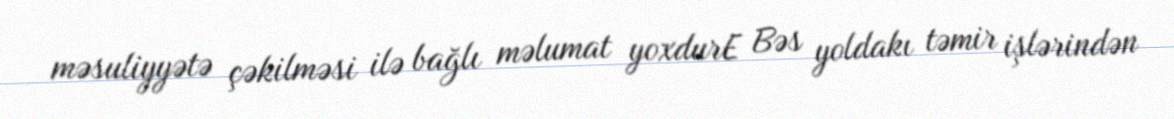
məsuliyyətə çəkilməsi ilə bağlı məlumat yoxdurE Bəs yoldakı təmir işlərindən